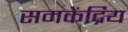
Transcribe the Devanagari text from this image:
समकेंद्रिय